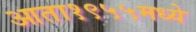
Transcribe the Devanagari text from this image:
आता१९५५मध्ये